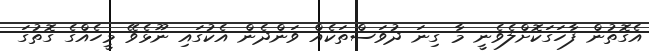
އެގޮތުން ފާހަގަކޮށްލެވެނީ މާ ގިނަ ދުވަސްތަކެއް ވަންދެން އެކުގައި ނޫޅެވޭ މީހެއްގެ ގޮތުގަ